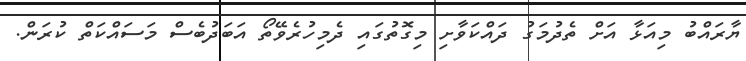
ޔާރައްބު މިއަޅާ އަށް ތެދުމަގު ދައްކަވާށި މިގޮތުގައި ދެމިހުރެވޭތޯ އަބަދުބެސް މަސައްކަތް ކުރަން.